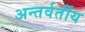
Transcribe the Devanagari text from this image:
अन्‍तर्वर्तीय